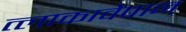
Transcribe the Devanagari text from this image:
त्लाकावेपान